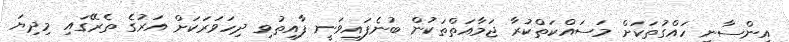
އިންސާނީ ހައްގުތަކަށް މަސައްކަތްކުރާ ޖަމާއަތްތަކުން ބުނެފައިވަނީ ފާއިތުވި ދިހަވަރަކަށް އަރުގެ ތެރޭގައި މިދިޔަ